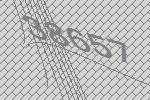
38657